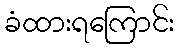
ခံထားရကြောင်း